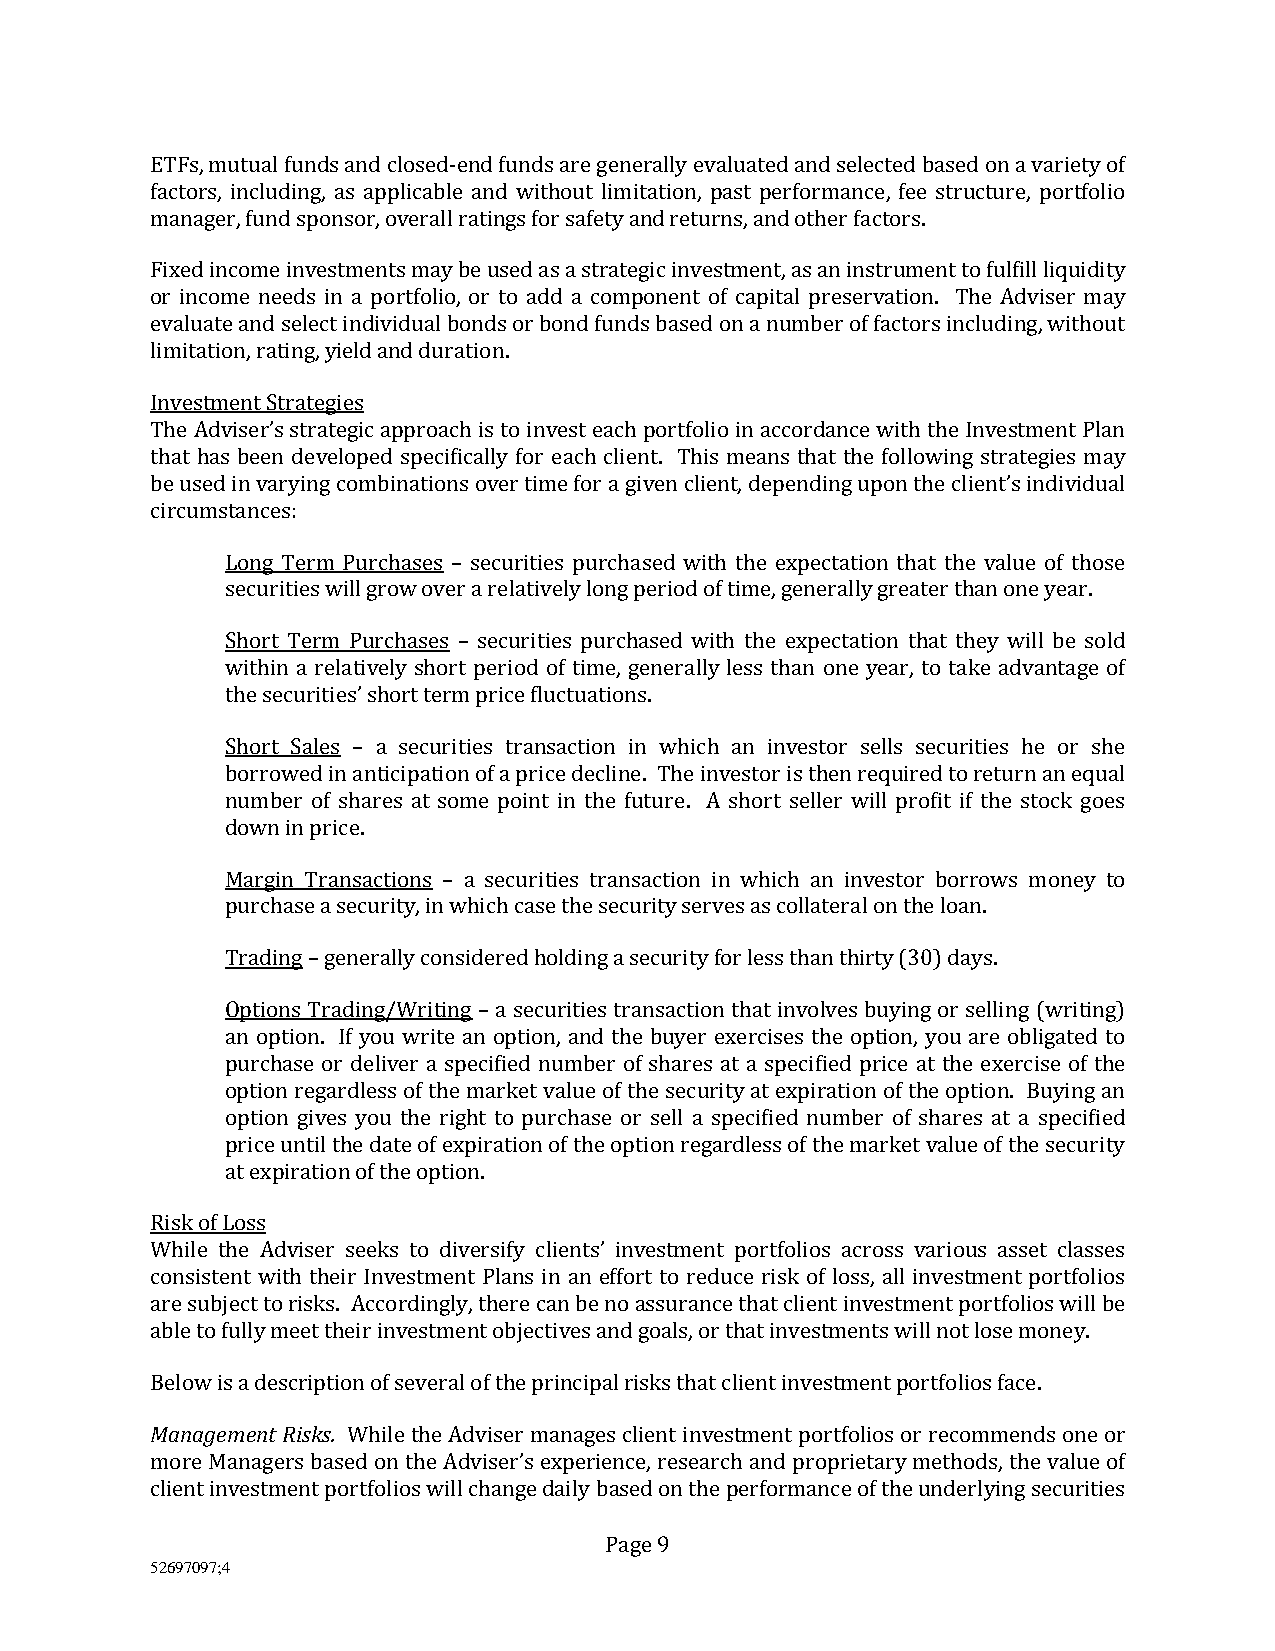
ETFs, mutual funds and closed-end funds are generally evaluated and selected based on a variety of
 factors, including, as applicable and without limitation, past performance, fee structure, portfolio
 manager, fund sponsor, overall ratings for safety and returns, and other factors.
 Fixed income investments may be used as a strategic investment, as an instrument to fulfill liquidity
 or income needs in a portfolio, or to add a component of capital preservation. The Adviser may
 evaluate and select individual bonds or bond funds based on a number of factors including, without
 limitation, rating, yield and duration.
 Investment Strategies
 The Adviser’s strategic approach is to invest each portfolio in accordance with the Investment Plan
 that has been developed specifically for each client. This means that the following strategies may
 be used in varying combinations over time for a given client, depending upon the client’s individual
 circumstances:
 Long Term Purchases – securities purchased with the expectation that the value of those
 securities will grow over a relatively long period of time, generally greater than one year.
 Short Term Purchases – securities purchased with the expectation that they will be sold
 within a relatively short period of time, generally less than one year, to take advantage of
 the securities’ short term price fluctuations.
 Short Sales – a securities transaction in which an investor sells securities he or she
 borrowed in anticipation of a price decline. The investor is then required to return an equal
 number of shares at some point in the future. A short seller will profit if the stock goes
 down in price.
 Margin Transactions – a securities transaction in which an investor borrows money to
 purchase a security, in which case the security serves as collateral on the loan.
 Trading – generally considered holding a security for less than thirty (30) days.
 Options Trading/Writing – a securities transaction that involves buying or selling (writing)
 an option. If you write an option, and the buyer exercises the option, you are obligated to
 purchase or deliver a specified number of shares at a specified price at the exercise of the
 option regardless of the market value of the security at expiration of the option. Buying an
 option gives you the right to purchase or sell a specified number of shares at a specified
 price until the date of expiration of the option regardless of the market value of the security
 at expiration of the option.
 Risk of Loss
 While the Adviser seeks to diversify clients’ investment portfolios across various asset classes
 consistent with their Investment Plans in an effort to reduce risk of loss, all investment portfolios
 are subject to risks. Accordingly, there can be no assurance that client investment portfolios will be
 able to fully meet their investment objectives and goals, or that investments will not lose money.
 Below is a description of several of the principal risks that client investment portfolios face.
 Management Risks. While the Adviser manages client investment portfolios or recommends one or
 more Managers based on the Adviser’s experience, research and proprietary methods, the value of
 client investment portfolios will change daily based on the performance of the underlying securities
 Page 9
 52697097;4